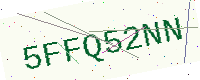
Text: 5FFQ52NN